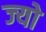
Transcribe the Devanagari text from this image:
ज्‍यो